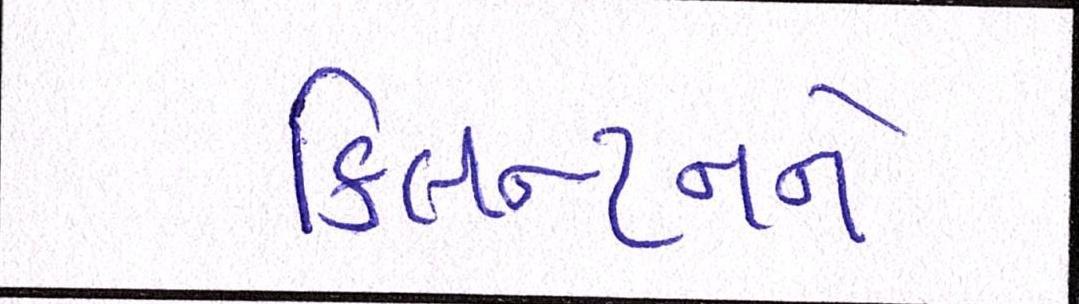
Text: ક્લિન્ટનને